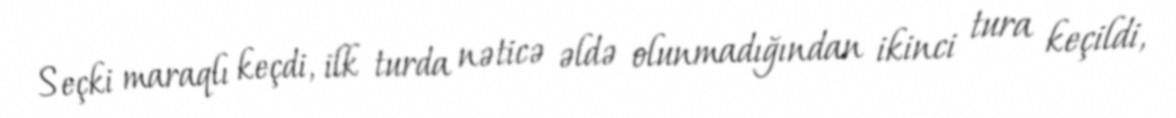
Seçki maraqlı keçdi, ilk turda nəticə əldə olunmadığından ikinci tura keçildi,